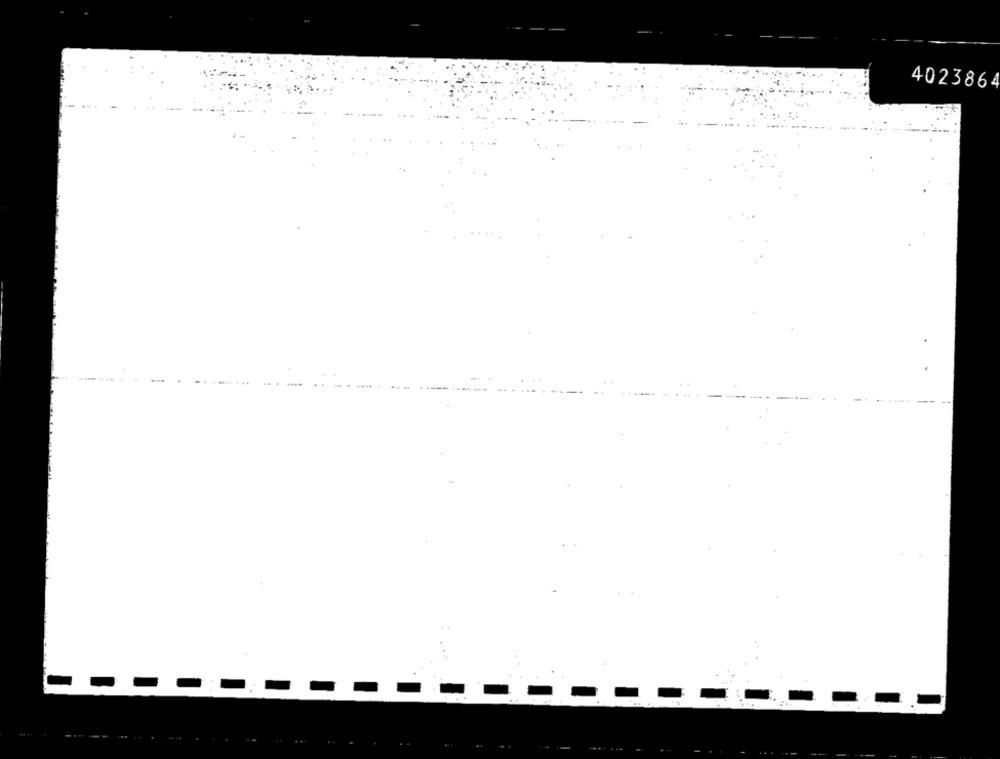
4023864